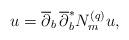
LaTeX: \begin{align*} u=\overline\partial_b\,\overline{\partial}^*_bN^{(q)}_mu,\end{align*}